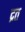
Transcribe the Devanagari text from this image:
द्रत